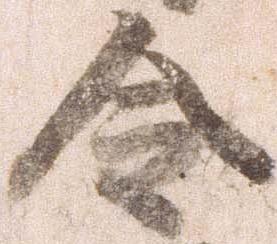
令